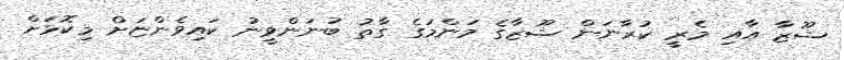
ޝޫޒާ އާއި މެރީ ކުރާނަން ޝޫޒާގެ މަންމަގެ ގާތު ބުނަންވީނު ކައިވެންޏަށް މިކޮޅަށް